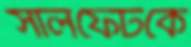
সালফেটকে